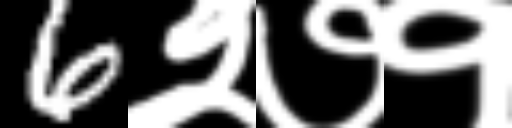
Text: 6२७१